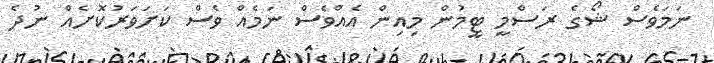
ނަމަވެސް ޝޯގެ ރަސްމީ ޓީމުން މިއިން އެއްވެސް ނަމެއް ވެސް ކަށަވަރުކޮށެއް ނުދެ